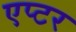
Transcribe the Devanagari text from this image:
एप्टर